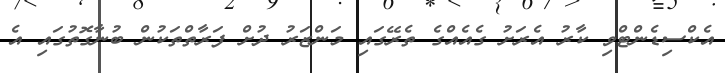
އެކްސިޑެންޓްވި ކާރު އެރަށު ގެއެެއްގެ ތެރޭގައި މަންޒަރު ދުށް ފަރާތްތަކުން ބުނާގޮތުގައި އެ